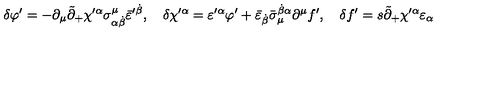
\delta \varphi ^ { \prime } = - \partial _ { \mu } \tilde { \partial } _ { + } \chi ^ { \prime \alpha } \sigma _ { \alpha \dot { \beta } } ^ { \mu } \bar { \varepsilon } ^ { \prime \dot { \beta } } , \quad \delta \chi ^ { \prime \alpha } = \varepsilon ^ { \prime \alpha } \varphi ^ { \prime } + \bar { \varepsilon } _ { \dot { \beta } } \bar { \sigma } _ { \mu } ^ { \dot { \beta } \alpha } \partial ^ { \mu } f ^ { \prime } , \quad \delta f ^ { \prime } = s \tilde { \partial } _ { + } \chi ^ { \prime \alpha } \varepsilon _ { \alpha }